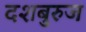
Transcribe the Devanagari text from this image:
दशबुरुज